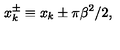
x _ { k } ^ { \pm } \equiv x _ { k } \pm \pi \beta ^ { 2 } / 2 ,